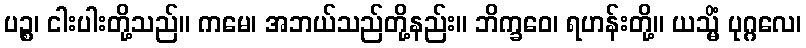
ပဉ္စ၊ ငါးပါးတို့သည်။ ကမေ၊ အဘယ်သည်တို့နည်း။ ဘိက္ခဝေ၊ ရဟန်းတို့။ ယသ္မိံ ပုဂ္ဂလေ၊